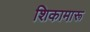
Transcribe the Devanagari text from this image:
शिकामारू